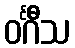
ဝင်္ဂီသ